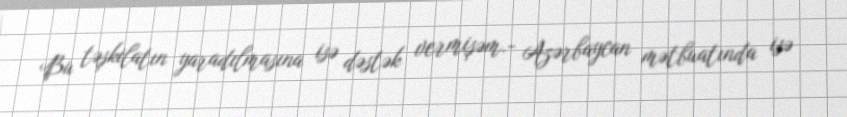
Bu təşkilatın yaradılmasına isə dəstək vermişəm.- Azərbaycan mətbuatında isə